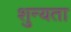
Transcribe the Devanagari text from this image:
शुन्यता